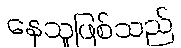
နေသူဖြစ်သည်